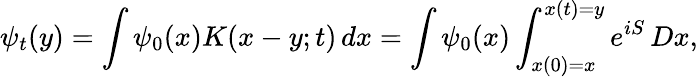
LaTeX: \psi_{t}(y)=\int\psi_{0}(x)K(x-y;t)\, dx=\int\psi_{0}(x)\int_{x(0)=x}^{x(t)=y}e^{iS}\, Dx,